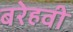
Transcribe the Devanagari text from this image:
बरेहवी